Lunatic asylums Punjab 1868-1880 - 1868-1880
Year: 1868
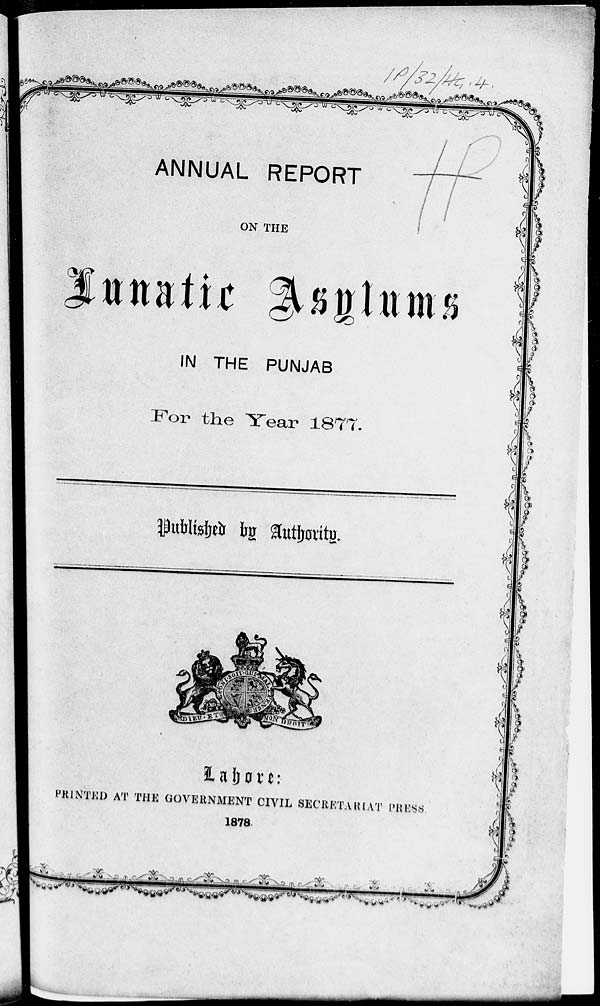
ANNUAL REPORT
ON THE
Lunatic Asylums
IN THE PUNJAB
For the Year 1877.
Published by Authority.
Lahore:
PRINTED AT THE GOVERNMENT CIVIL SECRETARIAT PRESS.
1878.